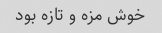
خوش مزه و تازه بود